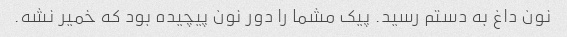
نون داغ به دستم رسید. پیک مشما را دور نون پیچیده بود که خمیر نشه.